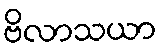
ဗိလာသယာ